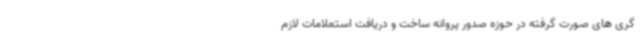
گری های صورت گرفته در حوزه صدور پروانه ساخت و دریافت استعلامات لازم